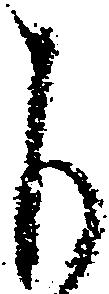
下